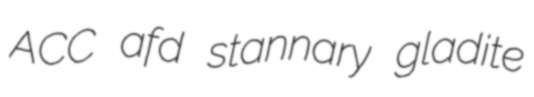
ACC afd stannary gladite